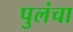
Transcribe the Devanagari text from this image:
पुलंचा